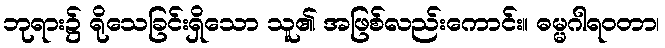
ဘုရား၌ ရိုသေခြင်းရှိသော သူ၏ အဖြစ်လည်းကောင်း။ ဓမ္မဂါရဝတာ၊